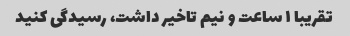
تقریبا ۱ ساعت و نیم تاخیر داشت، رسیدگی کنید